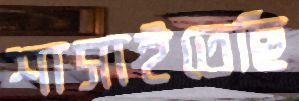
শাসাইতেছি